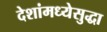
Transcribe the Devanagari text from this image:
देशांमध्येसुद्धा